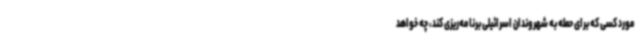
مورد کسی که برای حمله به شهروندان اسرائیلی برنامه‌ریزی ‌کند، چه خواهد